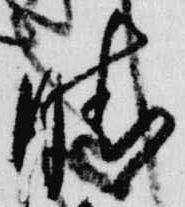
晴